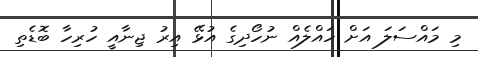
މި މައްސަލަ އަށް ހައްލެއް ނުހޯދިގެ އުޅޭ އިރު ޖިނާއީ ހުރިހާ ބޮޑެތި